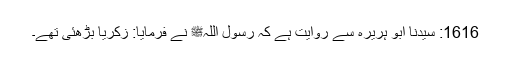
1616: سیدنا ابو ہریرہؓ سے روایت ہے کہ رسول اللہﷺ نے فرمایا: زکریاؑ بڑھئی تھے۔